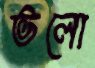
ভলো